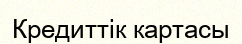
Кредиттік картасы